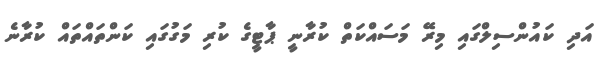
އަދި ކައުންސިލްގައި މިރޭ މަސައްކަތް ކުރާނީ ޕާޓީގެ ކުރި މަގުގައި ކަންތައްތައް ކުރާނެ